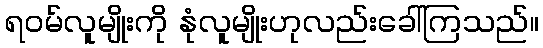
ရဝမ်လူမျိုးကို နုံလူမျိုးဟုလည်းခေါ်ကြသည်။